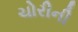
ચોરીની